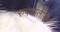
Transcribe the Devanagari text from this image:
रुपयांतील